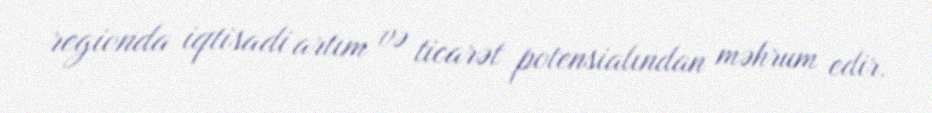
regionda iqtisadi artım və ticarət potensialından məhrum edir.